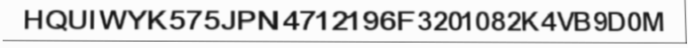
HQUIWYK575JPN4712196F3201082K4VB9D0M